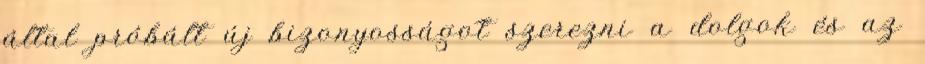
által próbált új bizonyosságot szerezni a dolgok és az